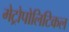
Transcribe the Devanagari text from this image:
मेट्रोपोलिटिकल